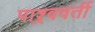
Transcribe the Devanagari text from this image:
पाश्र्ववर्ती